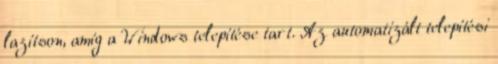
lazítson, amíg a Windows telepítése tart. Az automatizált telepítési